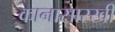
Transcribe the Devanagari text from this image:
कानासारखी